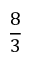
\frac { 8 } { 3 }